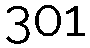
301